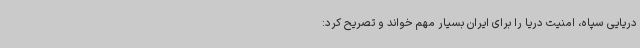
دریایی سپاه، امنیت دریا را برای ایران بسیار مهم خواند و تصریح کرد: